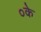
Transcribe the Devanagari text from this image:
०के